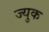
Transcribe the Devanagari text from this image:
ज्युक